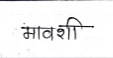
मजकूर: मावशी